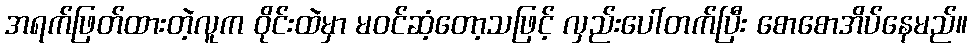
အရက်ဖြတ်ထားတဲ့လူက ဝိုင်းထဲမှာ မဝင်ဆံ့တော့သဖြင့် လှည်းပေါ်တက်ပြီး စောစောအိပ်နေမည်။